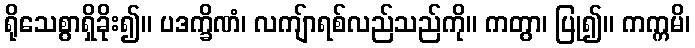
ရိုသေစွာရှိခိုး၍။ ပဒက္ခိဏံ၊ လကျ်ာရစ်လည်သည်ကို။ ကတွာ၊ ပြု၍။ ကက္ကမိ၊